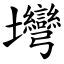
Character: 壪